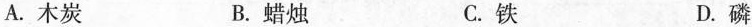
A.木炭 B.蜡烛 C.铁 D.磷